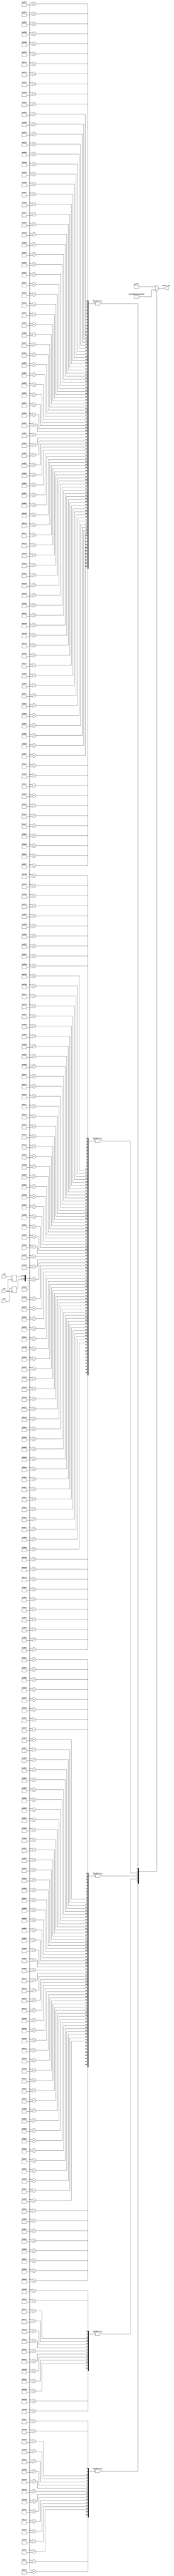
module frame10_rom(     //64 x 64 pixels
	input wire        clk,
	input wire [5:0]  col,
	input wire [5:0]  row,
	output reg [11:0] color_val
	);

	reg [5:0] colReg;
	reg [5:0] rowReg;

	always @ (posedge clk)begin
		rowReg <= row;
		colReg <= col;
	end

	always @*
	case({rowReg, colReg})
	    12'd2762: color_val = 12'd0;
	    12'd2763: color_val = 12'd0;
	    12'd2764: color_val = 12'd0;
	    12'd2765: color_val = 12'd0;
	    12'd2766: color_val = 12'd0;
	    12'd2767: color_val = 12'd0;
	    12'd2825: color_val = 12'd0;
	    12'd2826: color_val = 12'd3346;
	    12'd2827: color_val = 12'd3346;
	    12'd2828: color_val = 12'd3346;
	    12'd2829: color_val = 12'd3346;
	    12'd2830: color_val = 12'd3346;
	    12'd2831: color_val = 12'd3346;
	    12'd2832: color_val = 12'd0;
	    12'd2888: color_val = 12'd0;
	    12'd2889: color_val = 12'd3346;
	    12'd2890: color_val = 12'd3346;
	    12'd2891: color_val = 12'd3346;
	    12'd2892: color_val = 12'd3346;
	    12'd2893: color_val = 12'd3346;
	    12'd2894: color_val = 12'd3346;
	    12'd2895: color_val = 12'd3346;
	    12'd2896: color_val = 12'd3346;
	    12'd2897: color_val = 12'd0;
	    12'd2951: color_val = 12'd0;
	    12'd2952: color_val = 12'd3346;
	    12'd2953: color_val = 12'd3346;
	    12'd2954: color_val = 12'd3346;
	    12'd2955: color_val = 12'd3346;
	    12'd2956: color_val = 12'd0;
	    12'd2957: color_val = 12'd0;
	    12'd2958: color_val = 12'd0;
	    12'd2959: color_val = 12'd0;
	    12'd2960: color_val = 12'd0;
	    12'd2961: color_val = 12'd0;
	    12'd3015: color_val = 12'd0;
	    12'd3016: color_val = 12'd3346;
	    12'd3017: color_val = 12'd3346;
	    12'd3018: color_val = 12'd3346;
	    12'd3019: color_val = 12'd0;
	    12'd3020: color_val = 12'd2509;
	    12'd3021: color_val = 12'd2509;
	    12'd3026: color_val = 12'd0;
	    12'd3079: color_val = 12'd0;
	    12'd3080: color_val = 12'd3346;
	    12'd3081: color_val = 12'd3346;
	    12'd3082: color_val = 12'd0;
	    12'd3083: color_val = 12'd157;
	    12'd3084: color_val = 12'd2509;
	    12'd3085: color_val = 12'd2509;
	    12'd3086: color_val = 12'd2509;
	    12'd3090: color_val = 12'd2509;
	    12'd3091: color_val = 12'd0;
	    12'd3141: color_val = 12'd0;
	    12'd3142: color_val = 12'd0;
	    12'd3143: color_val = 12'd0;
	    12'd3144: color_val = 12'd2560;
	    12'd3145: color_val = 12'd3346;
	    12'd3146: color_val = 12'd0;
	    12'd3147: color_val = 12'd157;
	    12'd3148: color_val = 12'd2509;
	    12'd3149: color_val = 12'd2509;
	    12'd3150: color_val = 12'd2509;
	    12'd3151: color_val = 12'd2509;
	    12'd3152: color_val = 12'd2509;
	    12'd3153: color_val = 12'd2509;
	    12'd3154: color_val = 12'd2509;
	    12'd3155: color_val = 12'd0;
	    12'd3204: color_val = 12'd0;
	    12'd3205: color_val = 12'd3346;
	    12'd3206: color_val = 12'd3346;
	    12'd3207: color_val = 12'd0;
	    12'd3208: color_val = 12'd2560;
	    12'd3209: color_val = 12'd3346;
	    12'd3210: color_val = 12'd0;
	    12'd3211: color_val = 12'd157;
	    12'd3212: color_val = 12'd157;
	    12'd3213: color_val = 12'd157;
	    12'd3214: color_val = 12'd2509;
	    12'd3215: color_val = 12'd2509;
	    12'd3216: color_val = 12'd2509;
	    12'd3217: color_val = 12'd157;
	    12'd3218: color_val = 12'd157;
	    12'd3219: color_val = 12'd0;
	    12'd3268: color_val = 12'd0;
	    12'd3269: color_val = 12'd3346;
	    12'd3270: color_val = 12'd3346;
	    12'd3271: color_val = 12'd0;
	    12'd3272: color_val = 12'd2560;
	    12'd3273: color_val = 12'd3346;
	    12'd3274: color_val = 12'd3346;
	    12'd3275: color_val = 12'd0;
	    12'd3276: color_val = 12'd157;
	    12'd3277: color_val = 12'd157;
	    12'd3278: color_val = 12'd157;
	    12'd3279: color_val = 12'd157;
	    12'd3280: color_val = 12'd157;
	    12'd3281: color_val = 12'd157;
	    12'd3282: color_val = 12'd0;
	    12'd3332: color_val = 12'd0;
	    12'd3333: color_val = 12'd3346;
	    12'd3334: color_val = 12'd2560;
	    12'd3335: color_val = 12'd0;
	    12'd3336: color_val = 12'd2560;
	    12'd3337: color_val = 12'd3346;
	    12'd3338: color_val = 12'd3346;
	    12'd3339: color_val = 12'd3346;
	    12'd3340: color_val = 12'd0;
	    12'd3341: color_val = 12'd0;
	    12'd3342: color_val = 12'd0;
	    12'd3343: color_val = 12'd0;
	    12'd3344: color_val = 12'd0;
	    12'd3345: color_val = 12'd0;
	    12'd3346: color_val = 12'd0;
	    12'd3396: color_val = 12'd0;
	    12'd3397: color_val = 12'd2560;
	    12'd3398: color_val = 12'd2560;
	    12'd3399: color_val = 12'd0;
	    12'd3400: color_val = 12'd2560;
	    12'd3401: color_val = 12'd3346;
	    12'd3402: color_val = 12'd3346;
	    12'd3403: color_val = 12'd3346;
	    12'd3404: color_val = 12'd3346;
	    12'd3405: color_val = 12'd3346;
	    12'd3406: color_val = 12'd3346;
	    12'd3407: color_val = 12'd3346;
	    12'd3408: color_val = 12'd3346;
	    12'd3409: color_val = 12'd3346;
	    12'd3410: color_val = 12'd0;
	    12'd3460: color_val = 12'd0;
	    12'd3461: color_val = 12'd2560;
	    12'd3462: color_val = 12'd2560;
	    12'd3463: color_val = 12'd0;
	    12'd3464: color_val = 12'd2560;
	    12'd3465: color_val = 12'd2560;
	    12'd3466: color_val = 12'd3346;
	    12'd3467: color_val = 12'd3346;
	    12'd3468: color_val = 12'd3346;
	    12'd3469: color_val = 12'd3346;
	    12'd3470: color_val = 12'd3346;
	    12'd3471: color_val = 12'd3346;
	    12'd3472: color_val = 12'd3346;
	    12'd3473: color_val = 12'd3346;
	    12'd3474: color_val = 12'd0;
	    12'd3524: color_val = 12'd0;
	    12'd3525: color_val = 12'd2560;
	    12'd3526: color_val = 12'd2560;
	    12'd3527: color_val = 12'd0;
	    12'd3528: color_val = 12'd2560;
	    12'd3529: color_val = 12'd2560;
	    12'd3530: color_val = 12'd2560;
	    12'd3531: color_val = 12'd3346;
	    12'd3532: color_val = 12'd3346;
	    12'd3533: color_val = 12'd3346;
	    12'd3534: color_val = 12'd3346;
	    12'd3535: color_val = 12'd3346;
	    12'd3536: color_val = 12'd3346;
	    12'd3537: color_val = 12'd2560;
	    12'd3538: color_val = 12'd0;
	    12'd3588: color_val = 12'd0;
	    12'd3589: color_val = 12'd2560;
	    12'd3590: color_val = 12'd2560;
	    12'd3591: color_val = 12'd0;
	    12'd3592: color_val = 12'd2560;
	    12'd3593: color_val = 12'd2560;
	    12'd3594: color_val = 12'd2560;
	    12'd3595: color_val = 12'd3346;
	    12'd3596: color_val = 12'd3346;
	    12'd3597: color_val = 12'd3346;
	    12'd3598: color_val = 12'd3346;
	    12'd3599: color_val = 12'd3346;
	    12'd3600: color_val = 12'd2560;
	    12'd3601: color_val = 12'd2560;
	    12'd3602: color_val = 12'd0;
	    12'd3652: color_val = 12'd0;
	    12'd3653: color_val = 12'd2560;
	    12'd3654: color_val = 12'd2560;
	    12'd3655: color_val = 12'd0;
	    12'd3656: color_val = 12'd2560;
	    12'd3657: color_val = 12'd2560;
	    12'd3658: color_val = 12'd2560;
	    12'd3659: color_val = 12'd2560;
	    12'd3660: color_val = 12'd2560;
	    12'd3661: color_val = 12'd2560;
	    12'd3662: color_val = 12'd2560;
	    12'd3663: color_val = 12'd2560;
	    12'd3664: color_val = 12'd2560;
	    12'd3665: color_val = 12'd2560;
	    12'd3666: color_val = 12'd0;
	    12'd3716: color_val = 12'd0;
	    12'd3717: color_val = 12'd2560;
	    12'd3718: color_val = 12'd2560;
	    12'd3719: color_val = 12'd0;
	    12'd3720: color_val = 12'd2560;
	    12'd3721: color_val = 12'd2560;
	    12'd3722: color_val = 12'd2560;
	    12'd3723: color_val = 12'd2560;
	    12'd3724: color_val = 12'd2560;
	    12'd3725: color_val = 12'd2560;
	    12'd3726: color_val = 12'd2560;
	    12'd3727: color_val = 12'd2560;
	    12'd3728: color_val = 12'd2560;
	    12'd3729: color_val = 12'd2560;
	    12'd3730: color_val = 12'd0;
	    12'd3781: color_val = 12'd0;
	    12'd3782: color_val = 12'd0;
	    12'd3783: color_val = 12'd0;
	    12'd3784: color_val = 12'd2560;
	    12'd3785: color_val = 12'd2560;
	    12'd3786: color_val = 12'd2560;
	    12'd3787: color_val = 12'd2560;
	    12'd3788: color_val = 12'd2560;
	    12'd3789: color_val = 12'd2560;
	    12'd3790: color_val = 12'd2560;
	    12'd3791: color_val = 12'd2560;
	    12'd3792: color_val = 12'd2560;
	    12'd3793: color_val = 12'd2560;
	    12'd3794: color_val = 12'd0;
	    12'd3847: color_val = 12'd0;
	    12'd3848: color_val = 12'd2560;
	    12'd3849: color_val = 12'd2560;
	    12'd3850: color_val = 12'd2560;
	    12'd3851: color_val = 12'd0;
	    12'd3852: color_val = 12'd0;
	    12'd3853: color_val = 12'd0;
	    12'd3854: color_val = 12'd0;
	    12'd3855: color_val = 12'd2560;
	    12'd3856: color_val = 12'd2560;
	    12'd3857: color_val = 12'd2560;
	    12'd3858: color_val = 12'd0;
	    12'd3911: color_val = 12'd0;
	    12'd3912: color_val = 12'd2560;
	    12'd3913: color_val = 12'd2560;
	    12'd3914: color_val = 12'd2560;
	    12'd3915: color_val = 12'd0;
	    12'd3918: color_val = 12'd0;
	    12'd3919: color_val = 12'd2560;
	    12'd3920: color_val = 12'd2560;
	    12'd3921: color_val = 12'd2560;
	    12'd3922: color_val = 12'd0;
	    12'd3975: color_val = 12'd0;
	    12'd3976: color_val = 12'd2560;
	    12'd3977: color_val = 12'd2560;
	    12'd3978: color_val = 12'd2560;
	    12'd3979: color_val = 12'd0;
	    12'd3982: color_val = 12'd0;
	    12'd3983: color_val = 12'd2560;
	    12'd3984: color_val = 12'd2560;
	    12'd3985: color_val = 12'd2560;
	    12'd3986: color_val = 12'd0;
	    12'd4040: color_val = 12'd0;
	    12'd4041: color_val = 12'd0;
	    12'd4042: color_val = 12'd0;
	    12'd4047: color_val = 12'd0;
	    12'd4048: color_val = 12'd0;
	    12'd4049: color_val = 12'd0;

		default:  color_val = 12'b111111111111;
		endcase

endmodule //frame10_rom